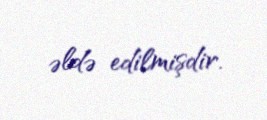
əldə edilmişdir.